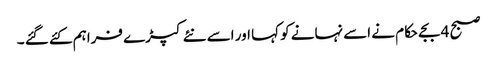
صبح 4 بجے حکام نے اسے نہانے کو کہا اور اسے نئے کپڑے فراہم کئے گئے ۔